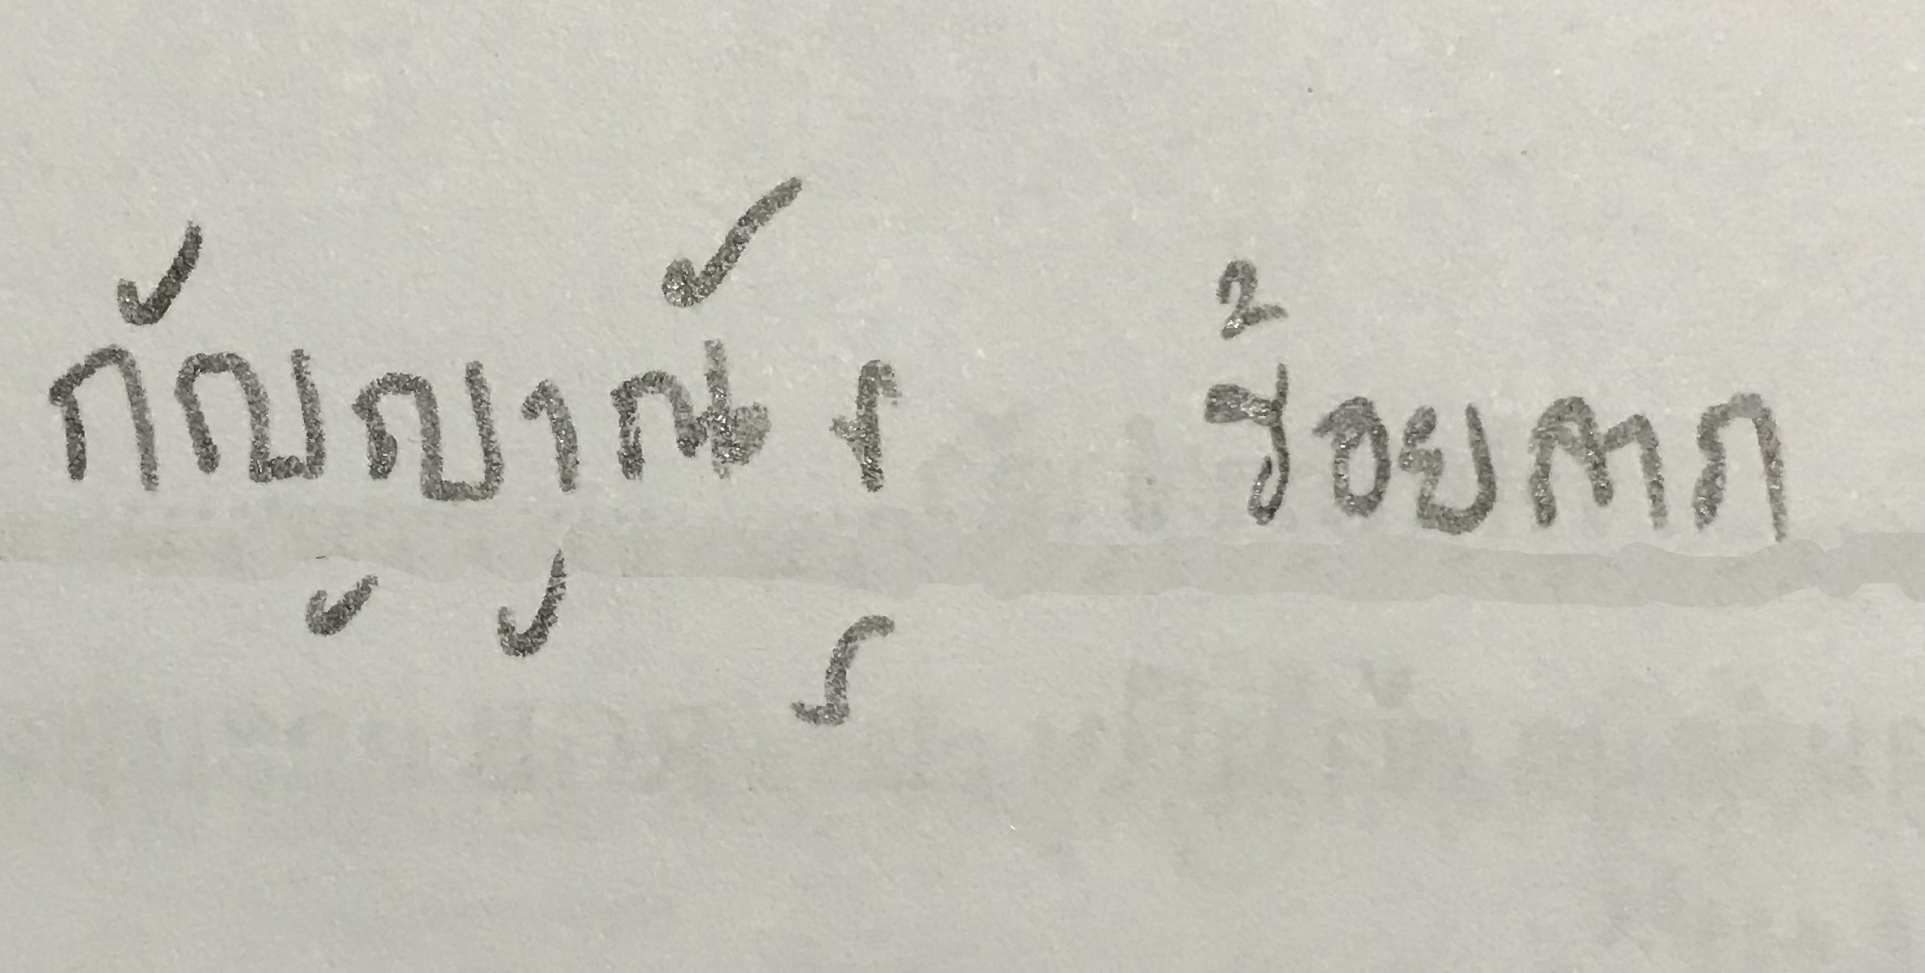
กัญญาณัฐ ร้อยลาภ